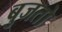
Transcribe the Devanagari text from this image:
बुजतो